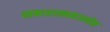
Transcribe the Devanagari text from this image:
सकारात्मकअनेक